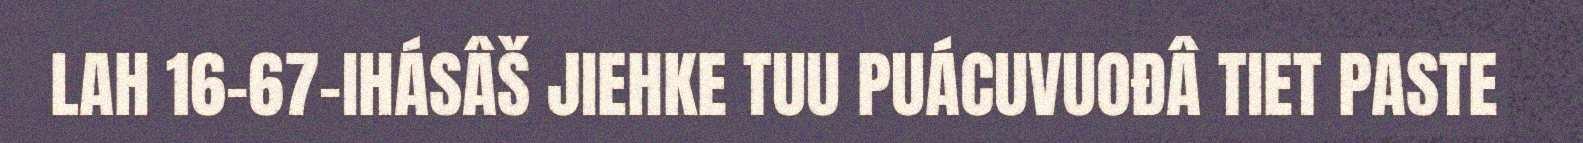
LAH 16–67-IHÁSÂŠ JIEHKE TUU PUÁCUVUOĐÂ TIET PASTE